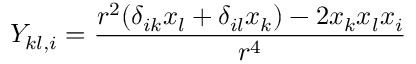
Y _ { k l , i } = \frac { r ^ { 2 } ( \delta _ { i k } x _ { l } + \delta _ { i l } x _ { k } ) - 2 x _ { k } x _ { l } x _ { i } } { r ^ { 4 } }